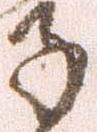
子